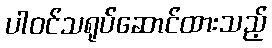
ပါဝင်သရုပ်ဆောင်ထားသည့်